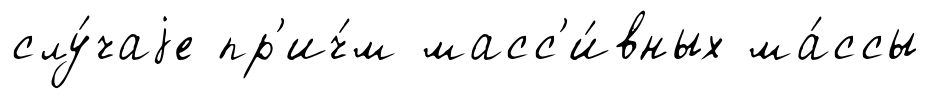
слу́чаjе пр'ич́м масс'и́вных ма́ссы